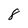
Character: 8